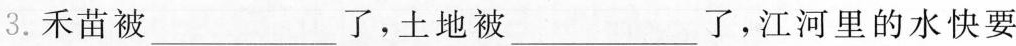
3.禾苗被___了，土地被___了，江河里的水快要